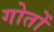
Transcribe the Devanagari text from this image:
गोतों